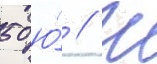
50 ю́ // Ш